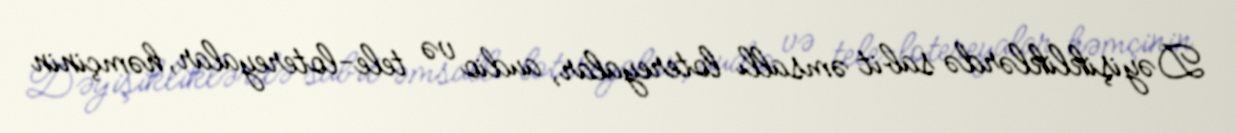
Dəyişikliklərdə sabit əmsallı lotereyalar, audio və tele-lotereyalar, həmçinin